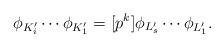
LaTeX: \begin{align*}\phi_{K_{i}'} \cdots \phi_{K_{1}'} = [p^k]\phi_{L_s'} \cdots \phi_{L_1'}. \end{align*}